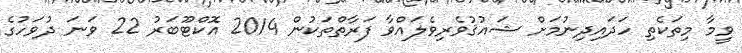
ވީމާ މިތަކެތި ހަދައިދިނުމަށް ޝައުޤުވެރިވެލައްވާ ފަރާތްތަކުން 2014 އޮކްޓޫބަރު 22 ވަނަ ދުވަހުގެ